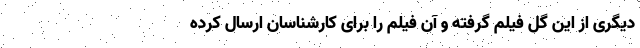
دیگری از این گل فیلم گرفته و آن فیلم را برای کارشناسان ارسال کرده